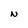
Character: N